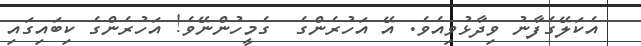
އެކަލޭގެފާނު ވިދާޅުވިއެވެ. އޭ އަހުރެންގެ  ގެމީހުންނޭވެ! އަހުރެންގެ ކިބައިގައި